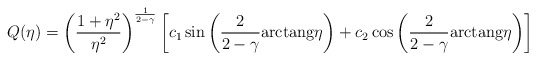
\begin{align*}Q(\eta)=\left({{1+\eta^2}\over{\eta^2}}\right)^{1\over{2-\gamma}}\left[c_1\sin\left({2\over{2-\gamma}}{\rm{arctang}}\eta\right)+c_2\cos\left({2\over{2-\gamma}}{\rm{arctang}}\eta\right)\right]\end{align*}